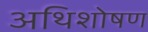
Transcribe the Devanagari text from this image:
अथिशोषण